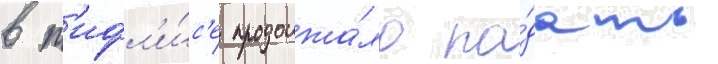
в т'ифл'и́с'е продолжа́ло па́дать